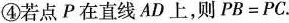
④若点P在直线AD上，则$$P B = P C$$。